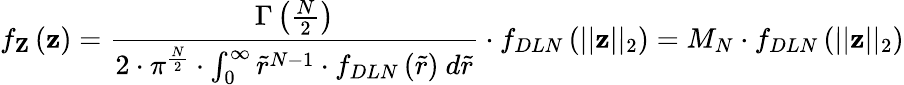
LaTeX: f_{\mathbf{Z}}\left(\mathbf{z}\right)=\frac{\Gamma\left(\frac{N}{2}\right)}{2\cdot\pi^{\frac{N}{2}}\cdot\int_{0}^{\infty}\widetilde{r}^{N-1}\cdot f_{DLN}\left(\widetilde{r}\right)\ d\widetilde{r}}\cdot f_{DLN}\left(\lvert\lvert\mathbf{z}\rvert\rvert_{2}\right)=M_{N}\cdot f_{DLN}\left(\lvert\lvert\mathbf{z}\rvert\rvert_{2}\right)